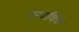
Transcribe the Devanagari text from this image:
पन्चविध